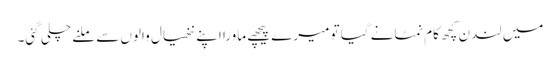
میں لندن کچھ کام نمٹانے گیا تو میرے پیچھے ماورا اپنے ننھیال والوں سے ملنے چلی گئی۔